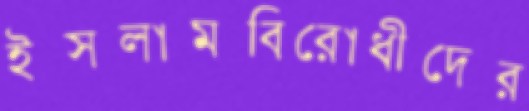
ইসলামবিরোধীদের